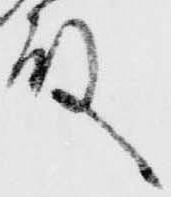
殿